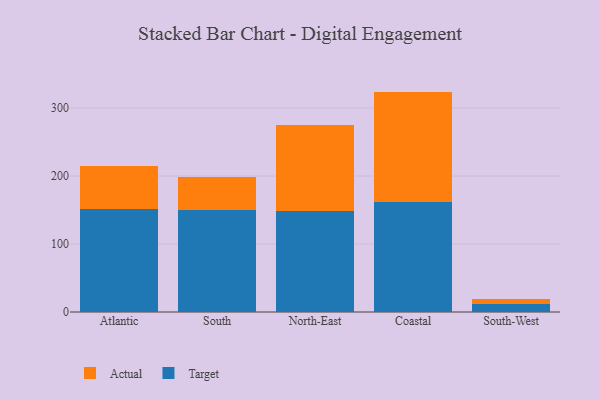
{"axis": {"x": "Region", "y": "Waste Production (Tons)"}, "legend": ["Actual", "Target"], "data": [{"x": "Atlantic", "y": 150.9, "type": "Target"}, {"x": "Atlantic", "y": 64.6, "type": "Actual"}, {"x": "South", "y": 149.8, "type": "Target"}, {"x": "South", "y": 48.8, "type": "Actual"}, {"x": "North-East", "y": 149.0, "type": "Target"}, {"x": "North-East", "y": 126.2, "type": "Actual"}, {"x": "Coastal", "y": 162.2, "type": "Target"}, {"x": "Coastal", "y": 162.0, "type": "Actual"}, {"x": "South-West", "y": 12.4, "type": "Target"}, {"x": "South-West", "y": 6.6, "type": "Actual"}]}